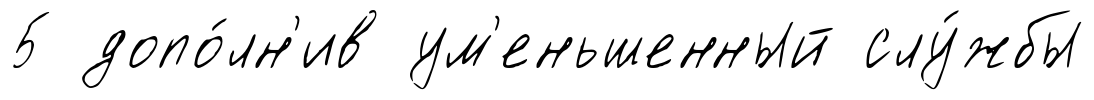
5 допо́лн'ив ум'еньшенный слу́жбы